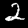
Digit: 2